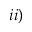
i i )